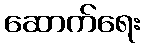
ဆောက်ရေး